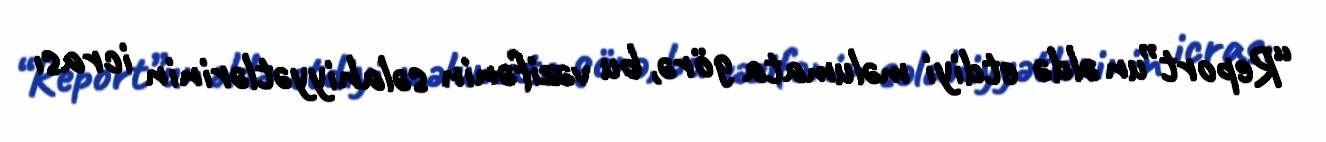
“Report”un əldə etdiyi məlumata görə, bu vəzifənin səlahiyyətlərinin icrası